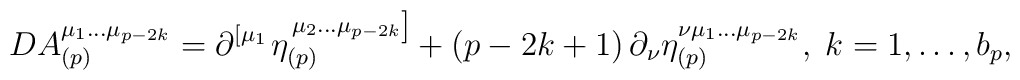
DA_{(p)}^{\mu _1\ldots \mu _{p-2k}}=\partial ^{\left[ \mu_1\right. }\eta _{(p)}^{\left. \mu _2\ldots \mu _{p-2k}\right] }+\left(p-2k+1\right) \partial _\nu \eta _{(p)}^{\nu \mu _1\ldots \mu_{p-2k}},\;k=1,\ldots ,b_p,